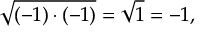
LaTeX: { \sqrt { \left( - 1 \right) \cdot \left( - 1 \right) } } = { \sqrt { 1 } } = - 1 ,